Indian Civil Veterinary Department memoirs
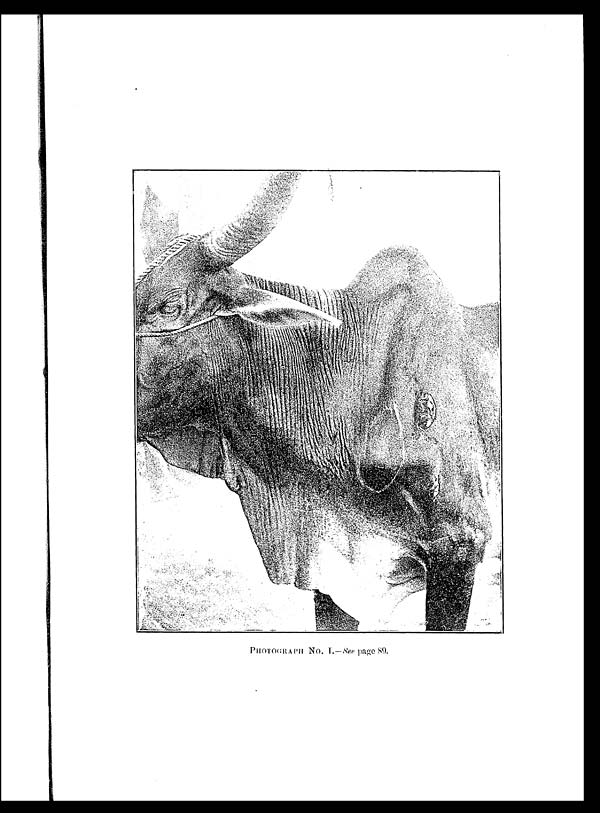
PHOTOGRAPH No. I.—See page 89.